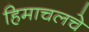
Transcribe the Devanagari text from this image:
हिमाचलचे